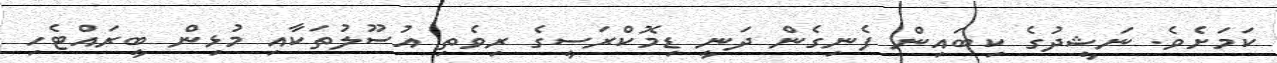
ކަމަށެވެ. ނަޝީދުގެ ކިބައިން ފެނިގެން ދަނީ ޑިމޮކްރަސީގެ ރިވެތި އުސޫލުތަކާއި މުޅިން ބީރައްޓެހި